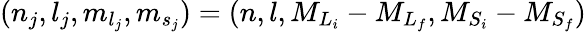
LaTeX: ({n}_{j},{l}_{j},{m}_{{l}_{j}},{m}_{{s}_{j}})=({n},{l},{M}_{{L}_{i}}-{M}_{{L}_{f}},{M}_{{S}_{i}}-{M}_{{S}_{f}})